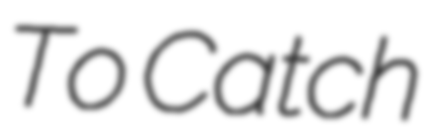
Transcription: To Catch